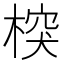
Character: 𣔻